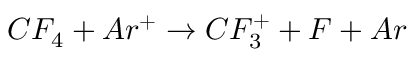
C F _ { 4 } + A r ^ { + } \rightarrow C F _ { 3 } ^ { + } + F + A r